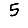
Digit: 5